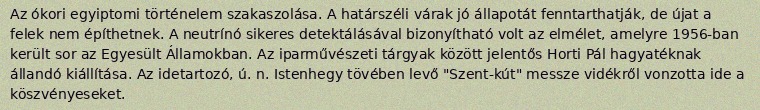
Az ókori egyiptomi történelem szakaszolása. A határszéli várak jó állapotát fenntarthatják, de újat a felek nem építhetnek. A neutrínó sikeres detektálásával bizonyítható volt az elmélet, amelyre 1956-ban került sor az Egyesült Államokban. Az iparművészeti tárgyak között jelentős Horti Pál hagyatéknak állandó kiállítása. Az idetartozó, ú. n. Istenhegy tövében levő "Szent-kút" messze vidékről vonzotta ide a köszvényeseket.